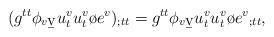
LaTeX: \begin{align*}(g^{tt}\phi_{v\b{v}}u^v_t u^v_t \o{e^v})_{;tt}=g^{tt}\phi_{v\b{v}}u^v_t u^v_t \o{e^v}_{;tt},\end{align*}